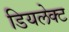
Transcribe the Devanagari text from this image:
डियलेक्ट